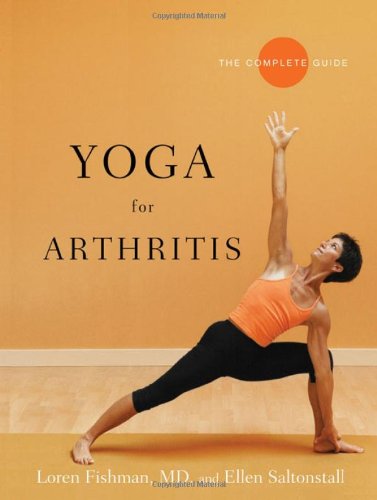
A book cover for Yoga for Arthritis: The Complete Guide; Loren Fishman; Health, Fitness & Dieting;